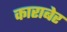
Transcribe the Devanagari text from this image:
काराबेर